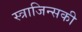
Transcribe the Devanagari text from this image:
स्त्राजिन्सकी